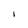
Character: I